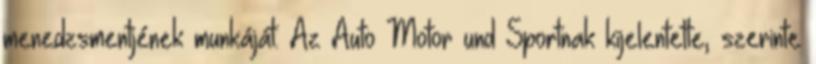
menedzsmentjének munkáját. Az Auto Motor und Sportnak kijelentette, szerinte